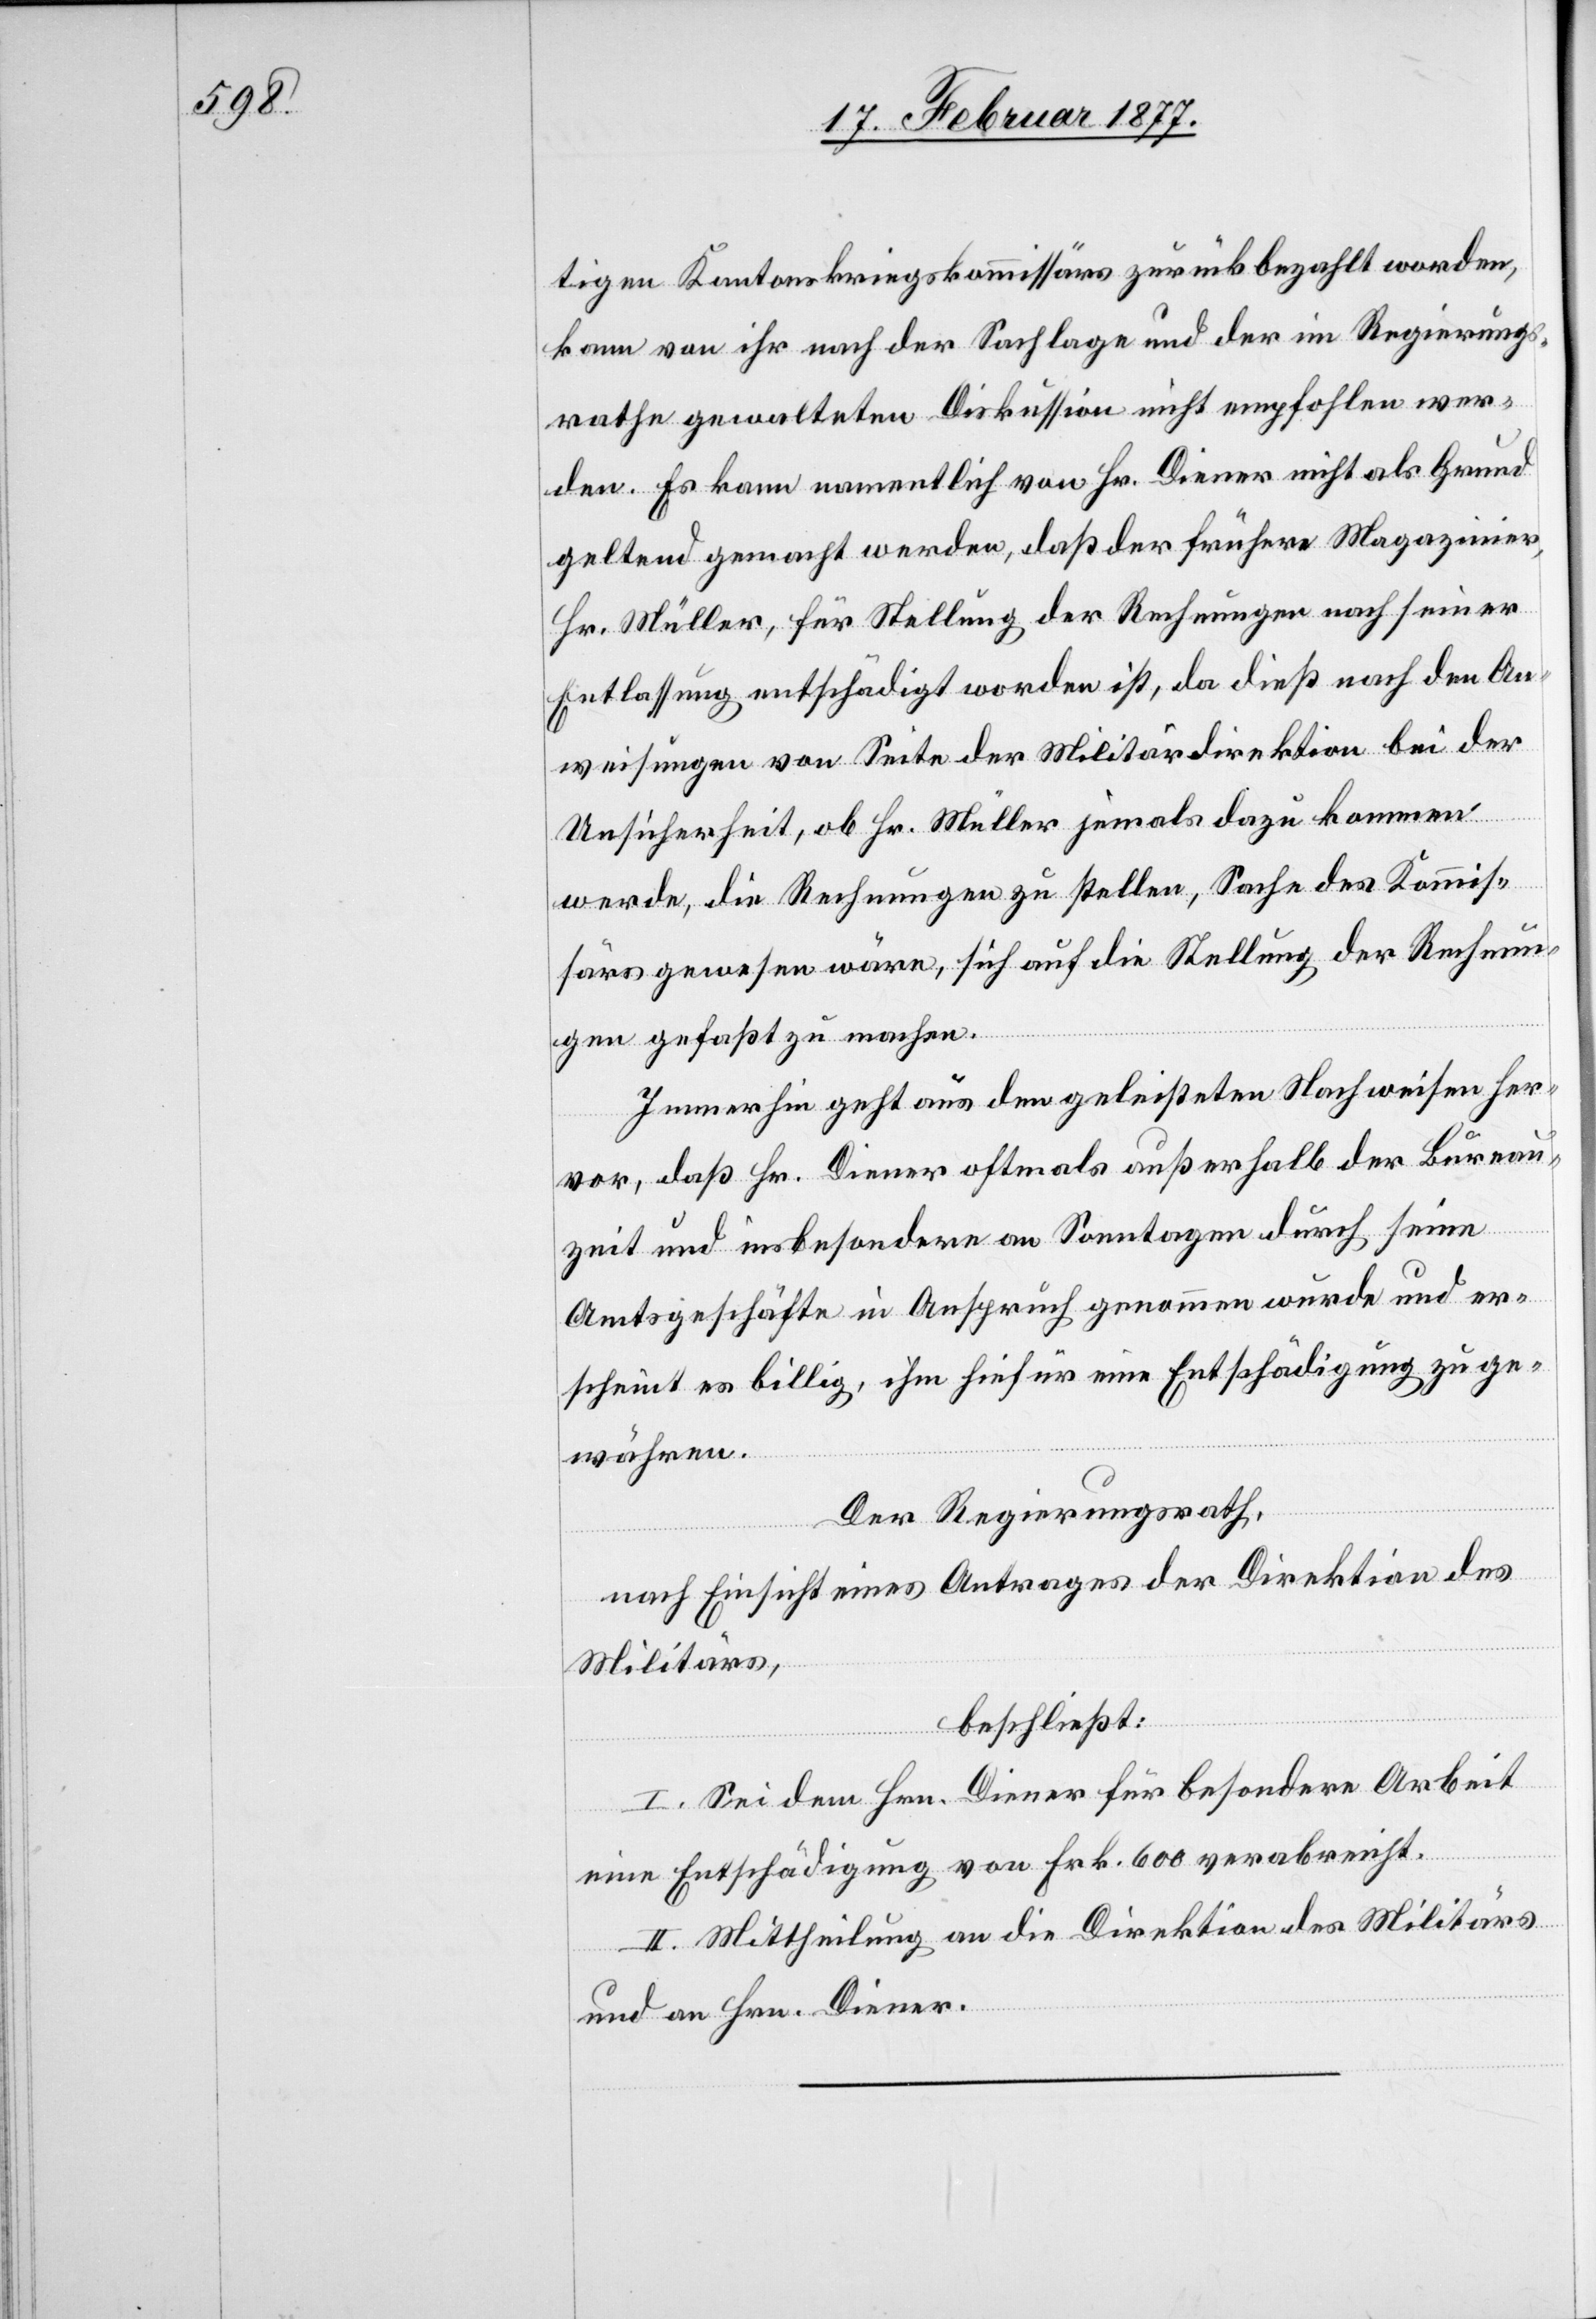
tigen Kantonskriegskommissärs zurückbezahlt worden,
kann von ihr nach der Sachlage und der im Regierungs¬
rathe gewalteten Diskussion nicht empfohlen wer¬
den. Es kann namentlich von Hr. Diener nicht als Grund
geltend gemacht werden, daß der frühere Magazinier,
Hr. Müller, für Stellung der Rechnungen nach seiner
Entlassung entschädigt worden ist, da dieß nach den An¬
weisungen von Seite der Militärdirektion bei der
Unsicherheit, ob Hr. Müller jemals dazu kommen
werde, die Rechnungen zu stellen, Sache des Kommis¬
ärs gewesen wäre, sich auf die Stellung der Rechnun¬
gen gefaßt zu machen.
Immerhin geht aus den geleisteten Nachweisen her¬
vor, daß Hr. Diener oftmals außerhalb der Bureau¬
zeit und insbesondere an Sonntagen durch seine
Amtsgeschäfte in Anspruch genommen wurde und er¬
scheint es billig, ihm hiefür eine Entschädigung zu ge¬
währen.
Der Regierungsrath,
nach Einsicht eines Antrages der Direktion des
sion¬
Militärs,
beschließt:
I. Sei dem Hrn. Diener für besondere Arbeit
eine Entschädigung von Frk. 600 verabreicht.
II. Mittheilung an Direktion die des Militärs
und an Hrn. Diener.